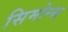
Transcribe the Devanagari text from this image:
सिमोन्स